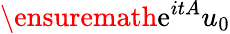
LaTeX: \ensuremath{\mathrm{e}}^{itA}u_{0}